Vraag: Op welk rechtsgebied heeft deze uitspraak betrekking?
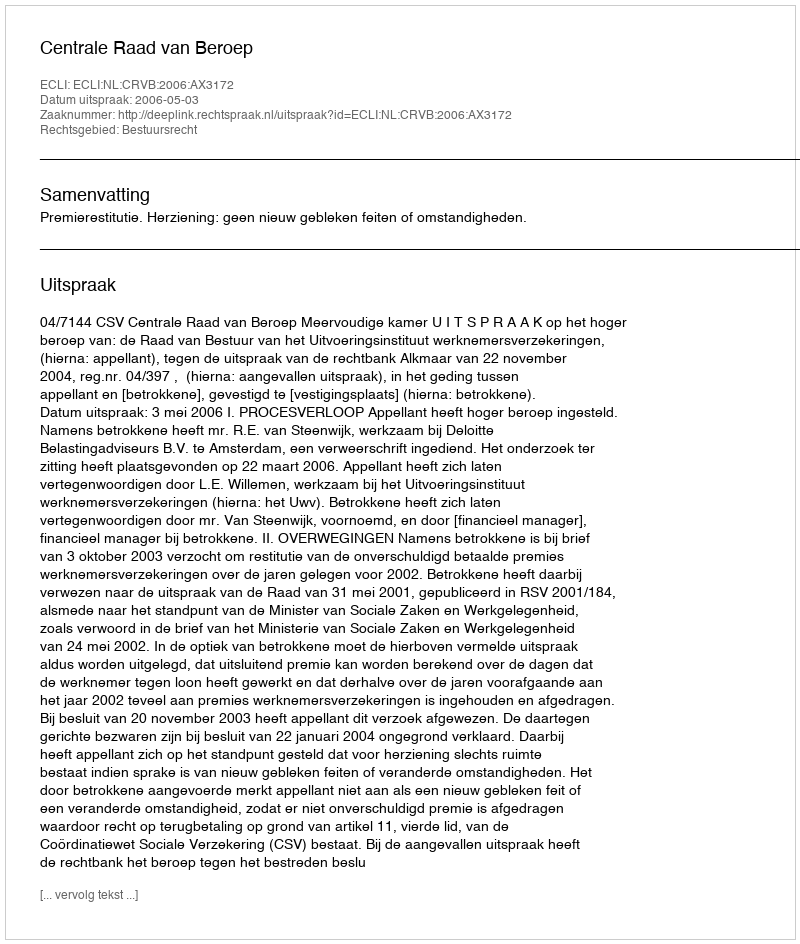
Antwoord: Bestuursrecht